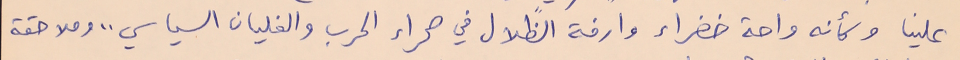
علينا وكأنه واحة خضراء وارفة الظلال في صحراء الحرب والغليان السياسي .. وملاحقة